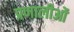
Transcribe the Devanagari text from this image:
प्रणालीओं